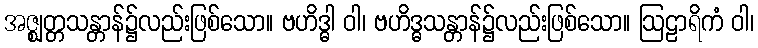
အဇ္ဈတ္တသန္တာန်၌လည်းဖြစ်သော။ ဗဟိဒ္ဓါ ဝါ၊ ဗဟိဒ္ဓသန္တာန်၌လည်းဖြစ်သော။ ဩဠာရိကံ ဝါ၊